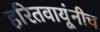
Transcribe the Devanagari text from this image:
हरितवायूंनीच